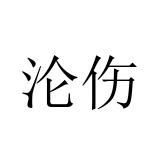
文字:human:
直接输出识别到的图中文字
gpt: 沦伤